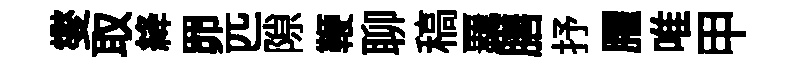
燮取絳𦊑匹隙鞭聊稿覊膳抒臞唯甲